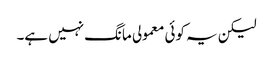
لیکن یہ کوئی معمولی مانگ نہیں ہے۔